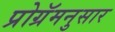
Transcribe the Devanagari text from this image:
प्रोग्रॅमनुसार